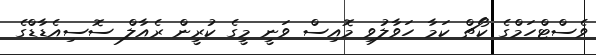
ވެސްޓްހަމްގެ ކޯޗް ކަމާ ހަވާލުވި މޮއިސް ވަނީ މީގެ ކުރީން ރެއާލް ސޮސިއެޑާޑްގެ